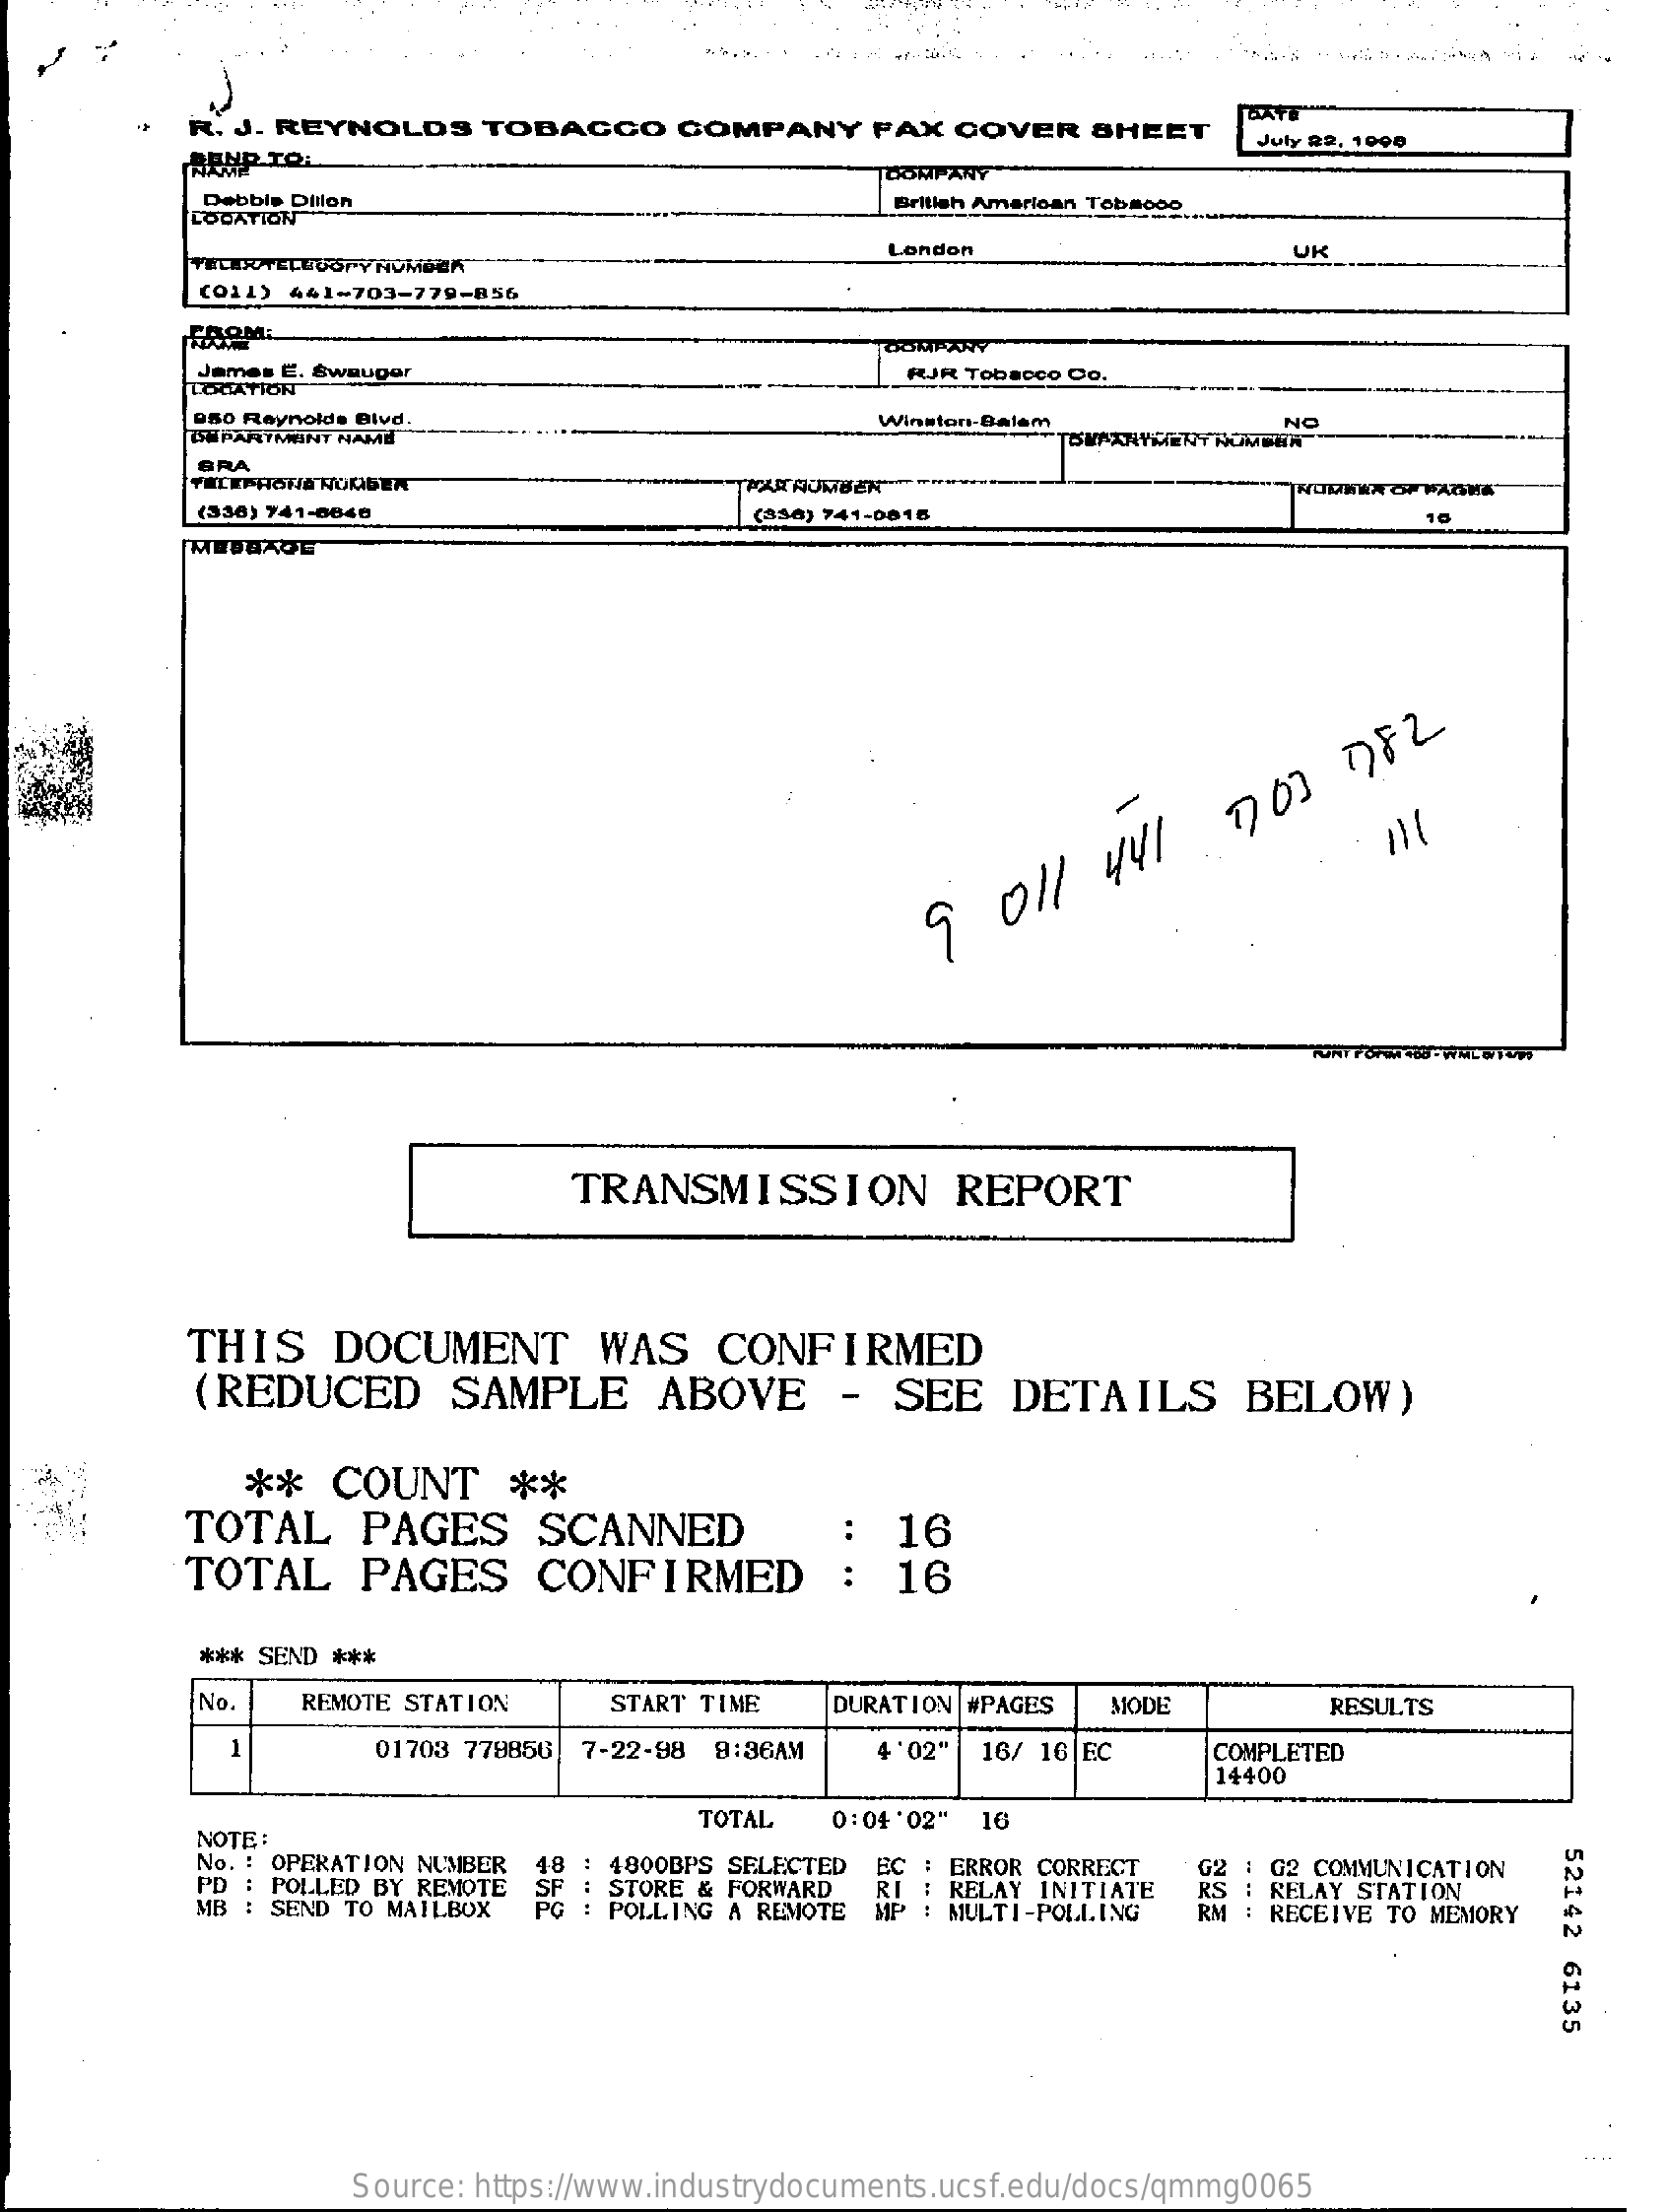
R. J. REYNOLDS    TOBACCO    COMPANY    FAX  COVER   SHEET
     July 22. 1000
     NANP TO:
     Debbie Dillon    British American Toba000
     LOCATION
     TELERTELLCOPY NUMBER
     London    UK
     (011) 441-703-779-856
     FROM:
     COMPANY
     James E. Śwauger
     LOCATION
     RUR Tobacco Do.
     950 Reynolds Blvd.
     ISH PARTMENT NAME
     Winston-Balem    NO
     BRA
     TELEPHONE NORDEN    PAR RIUMBEN"
     (330) 741-6840    (836) 741-0618
     9   011   441    703    782
     FURT FORM +OU - WML BIO
     TRANSMISSION    REPORT
     THIS    DOCUMENT    WAS    CONFIRMED
     (REDUCED    SAMPLE    ABOVE    -  SEE    DETAILS    BELOW)
     **  COUNT    **
     TOTAL    PAGES    SCANNED    16
     TOTAL    PAGES    CONFIRMED    :  16
     *** SEND ***
     No.   REMOTE STATION    START TIME    DURATION #PAGES  MODE    RESULTS
     1    01703 779856 7-22-98 9:36AM   4 '02' 16/ 16 EC    COMPLETED
     14400
     NOTE:
     TOTAL   0:04 '02" 16
     52142
     6135
     No. : OPERATION NUMBER
     PD : POLLED BY REMOTE SF
     : 4800BPS SELECTED EC : ERROR CORRECT
     : STORE & FORWARD
     : POLLING A REMOTE
     RI : RELAY INITIATE
     : G2 COMMUNICATION
     MB : SEND TO MAILBOX    MP : MULTI-POLLING
     RS : RELAY STATION
     RM : RECEIVE TO MEMORY
     Source: https://www.industrydocuments.ucsf.edu/docs/qmmg0065